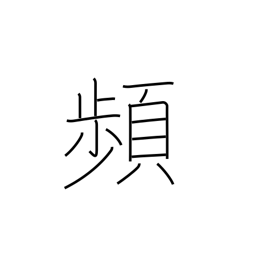
Meaning: recur